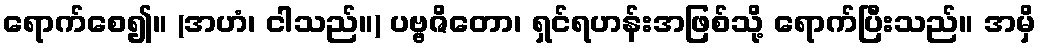
ရောက်စေ၍။ (အဟံ၊ ငါသည်။) ပဗ္ဗဇိတော၊ ရှင်ရဟန်းအဖြစ်သို့ ရောက်ပြီးသည်။ အမှိ